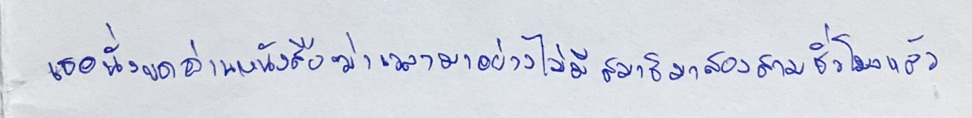
เธอนั่งขดอ่านหนังสือฆ่าเวลามาอย่างไม่มีสมาธิมาสองสามชั่วโมงแล้ว